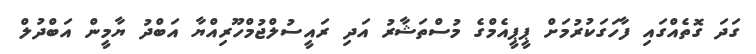
ގަދަ ގޮތެއްގައި ފާހަގަކުރުމަށް ޕީޕީއެމްގެ މުސްތަޝާރު އަދި ރައީސުލްޖުމްހޫރިއްޔާ އަބްދު ޔާމީން އަބްދުލް